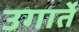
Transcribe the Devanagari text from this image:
उगार्ते